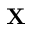
\mathbf { X }